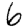
Digit: 6